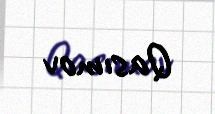
Qasımov